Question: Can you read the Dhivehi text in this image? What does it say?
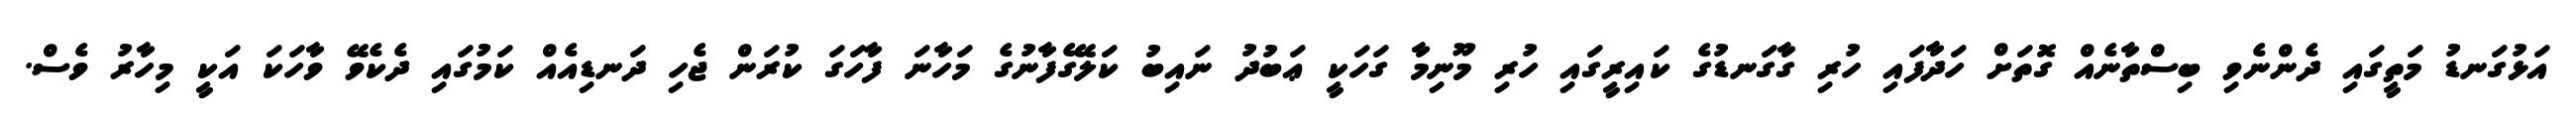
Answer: އަޅުގަނޑު މަތީގައި ދެންނެވި ބިސްތާނެއް ގޮތަށް ހަދާފައި ހުރި ގާގަނޑުގެ ކައިރީގައި ހުރި މޫނިމާ ގަހަކީ ޢަބުދު ނައިބު ކަލޭގެފާނުގެ މަހާނަ ފާހަގަ ކުރަން ޖެހި ދަނޑިއެއް ކަމުގައި ދެކެވޭ ވާހަކަ އަކީ މިހާރު ވެސް.